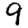
Digit: 9